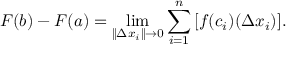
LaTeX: F ( b ) - F ( a ) = \operatorname* { l i m } _ { \| \Delta x _ { i } \| \to 0 } \sum _ { i = 1 } ^ { n } \, [ f ( c _ { i } ) ( \Delta x _ { i } ) ] .